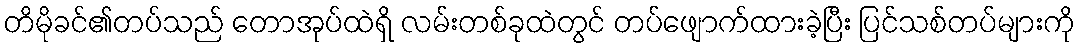
တိမိုခင်၏တပ်သည် တောအုပ်ထဲရှိ လမ်းတစ်ခုထဲတွင် တပ်ဖျောက်ထားခဲ့ပြီး ပြင်သစ်တပ်များကို